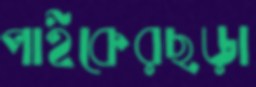
পাইকেরছড়া